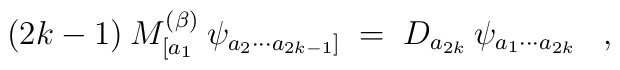
(2k-1) \:M^{(\beta)}_{[a_1} \:\psi_{a_2 \cdots a_{2k-1}]} \;=\; 	D_{a_{2k}} \:\psi_{a_1 \cdots a_{2k}} \;\;\;,